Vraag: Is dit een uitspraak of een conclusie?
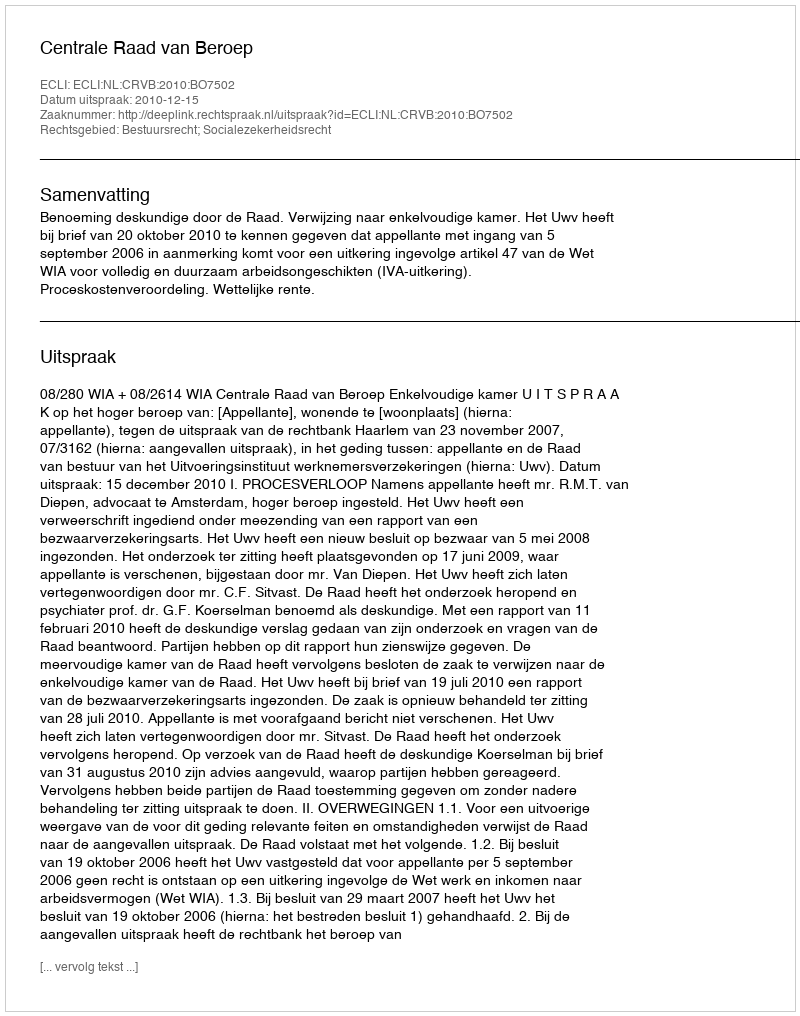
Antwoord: Uitspraak